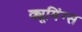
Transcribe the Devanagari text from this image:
क्यूमिंग्स